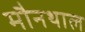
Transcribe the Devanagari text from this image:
मौनथाल